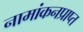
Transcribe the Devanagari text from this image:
नामांकनप्राप्त